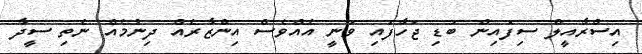
އިސްރާއީލް ސިފައިން ބަޑި ޖަހާފައި ވަނީ އެއްވެސް އިންޒާރެއް ދިނުމެއް ނެތި ސީދާ